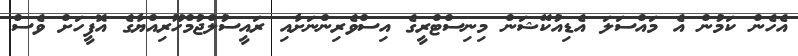
އެހެން ކަމުން އެ މައްސަލަ އެޑިއުކޭޝަން މިނިސްޓްރީގެ އިސްވެރިންނަށާއި ރައީސުލްޖުމްހޫރިއްޔާގެ އޮފީހަށް ވެސް